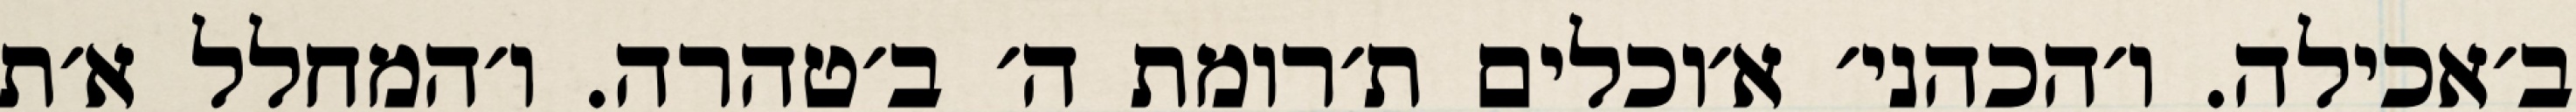
ב׳אכילה. ו׳הכהני׳ א׳וכלים ת׳רומת ה׳ ב׳טהרה. ו׳המחלל א׳ת